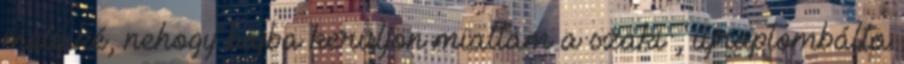
melyiké, nehogy bajba kerüljön miattam a szaki , újraplombálta